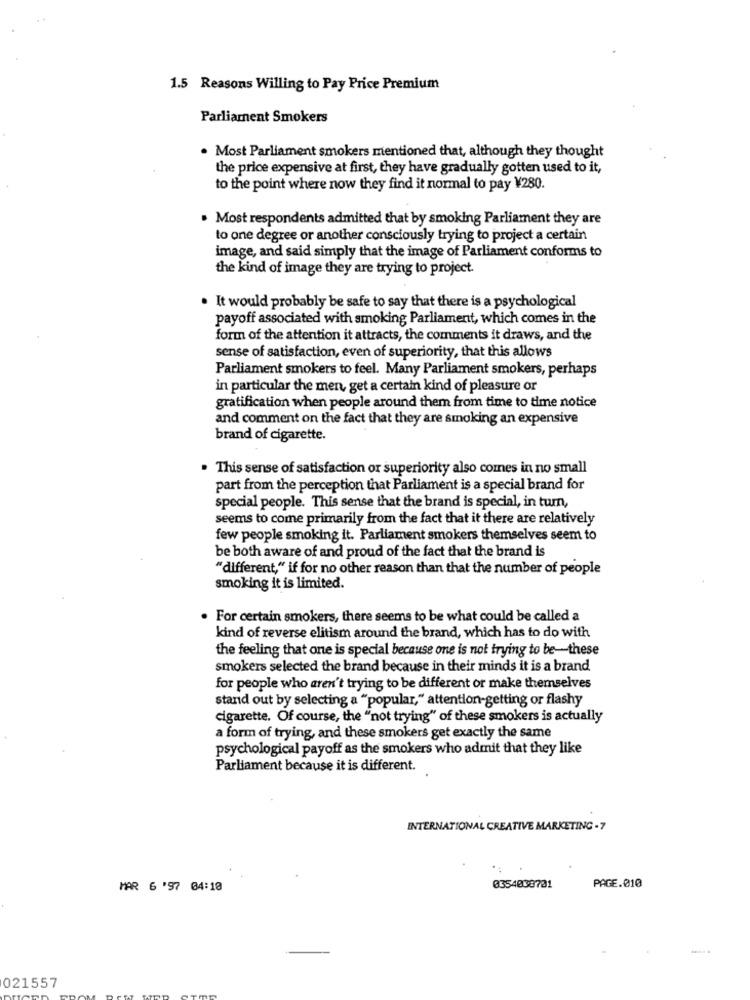
1.5 Reasons Willing to Pay Price Premium
Parliament Smokers
. Most Parliament smokers mentioned that, although they thought
the price expensive at first, they have gradually gotten used to it,
to the point where now they find it normal to pay ¥280
Most respondents admitted that by smoking Parliament they are
to one degree or another consciously trying to project a certain
image, and said simply that the image of Parliament conforms to
the kind of image they are trying to project.
It would probably be safe to say that there is a psychological
payoff associated with smoking Parliament, which comes in the
form of the attention it attracts, the comments it draws, and the
sense of satisfaction, even of superiority, that this allows
Parliament smokers to feel. Many Parliament smokers, perhaps
in particular the men, get a certain kind of pleasure or
gratification when people around them from time to time notice
and comment on the fact that they are smoking an expensive
brand of cigarette.
. This sense of satisfaction or superiority also comes in no small
part from the perception that Parliament is a special brand for
special people. This sense that the brand is special, in turn,
seems to come primarily from the fact that it there are relatively
few people smoking it. Parliament smokers themselves seem to
be both aware of and proud of the fact that the brand is
"different," if for no other reason than that the number of people
smoking it is limited.
For certain smokers, there seems to be what could be called a
kind of reverse elitism around the brand, which has to do with
the feeling that one is special because one is not trying to be-these
smokers selected the brand because in their minds it is a brand
for people who aren't trying to be different or make themselves
stand out by selecting a "popular," attention-getting or flashy
cigarette. Of course, the "not trying" of these smokers is actually
a form of trying, and these smokers get exactly the same
psychological payoff as the smokers who admit that they like
Parliament because it is different.
INTERNATIONAL CREATIVE MARKETING - 7
MAR 6 '97 04:10
0354008701
PAGE.010
021557